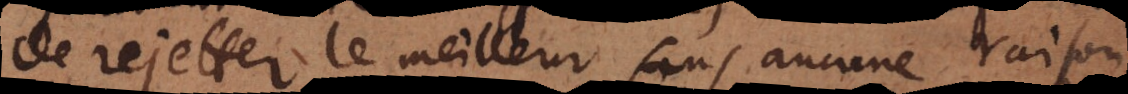
de rejetter le meilleur sans aucune raison